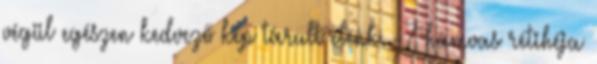
végül egészen kedvező kép tárult elénk. -7 hamvas rétihéja